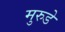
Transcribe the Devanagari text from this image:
मुरुडे